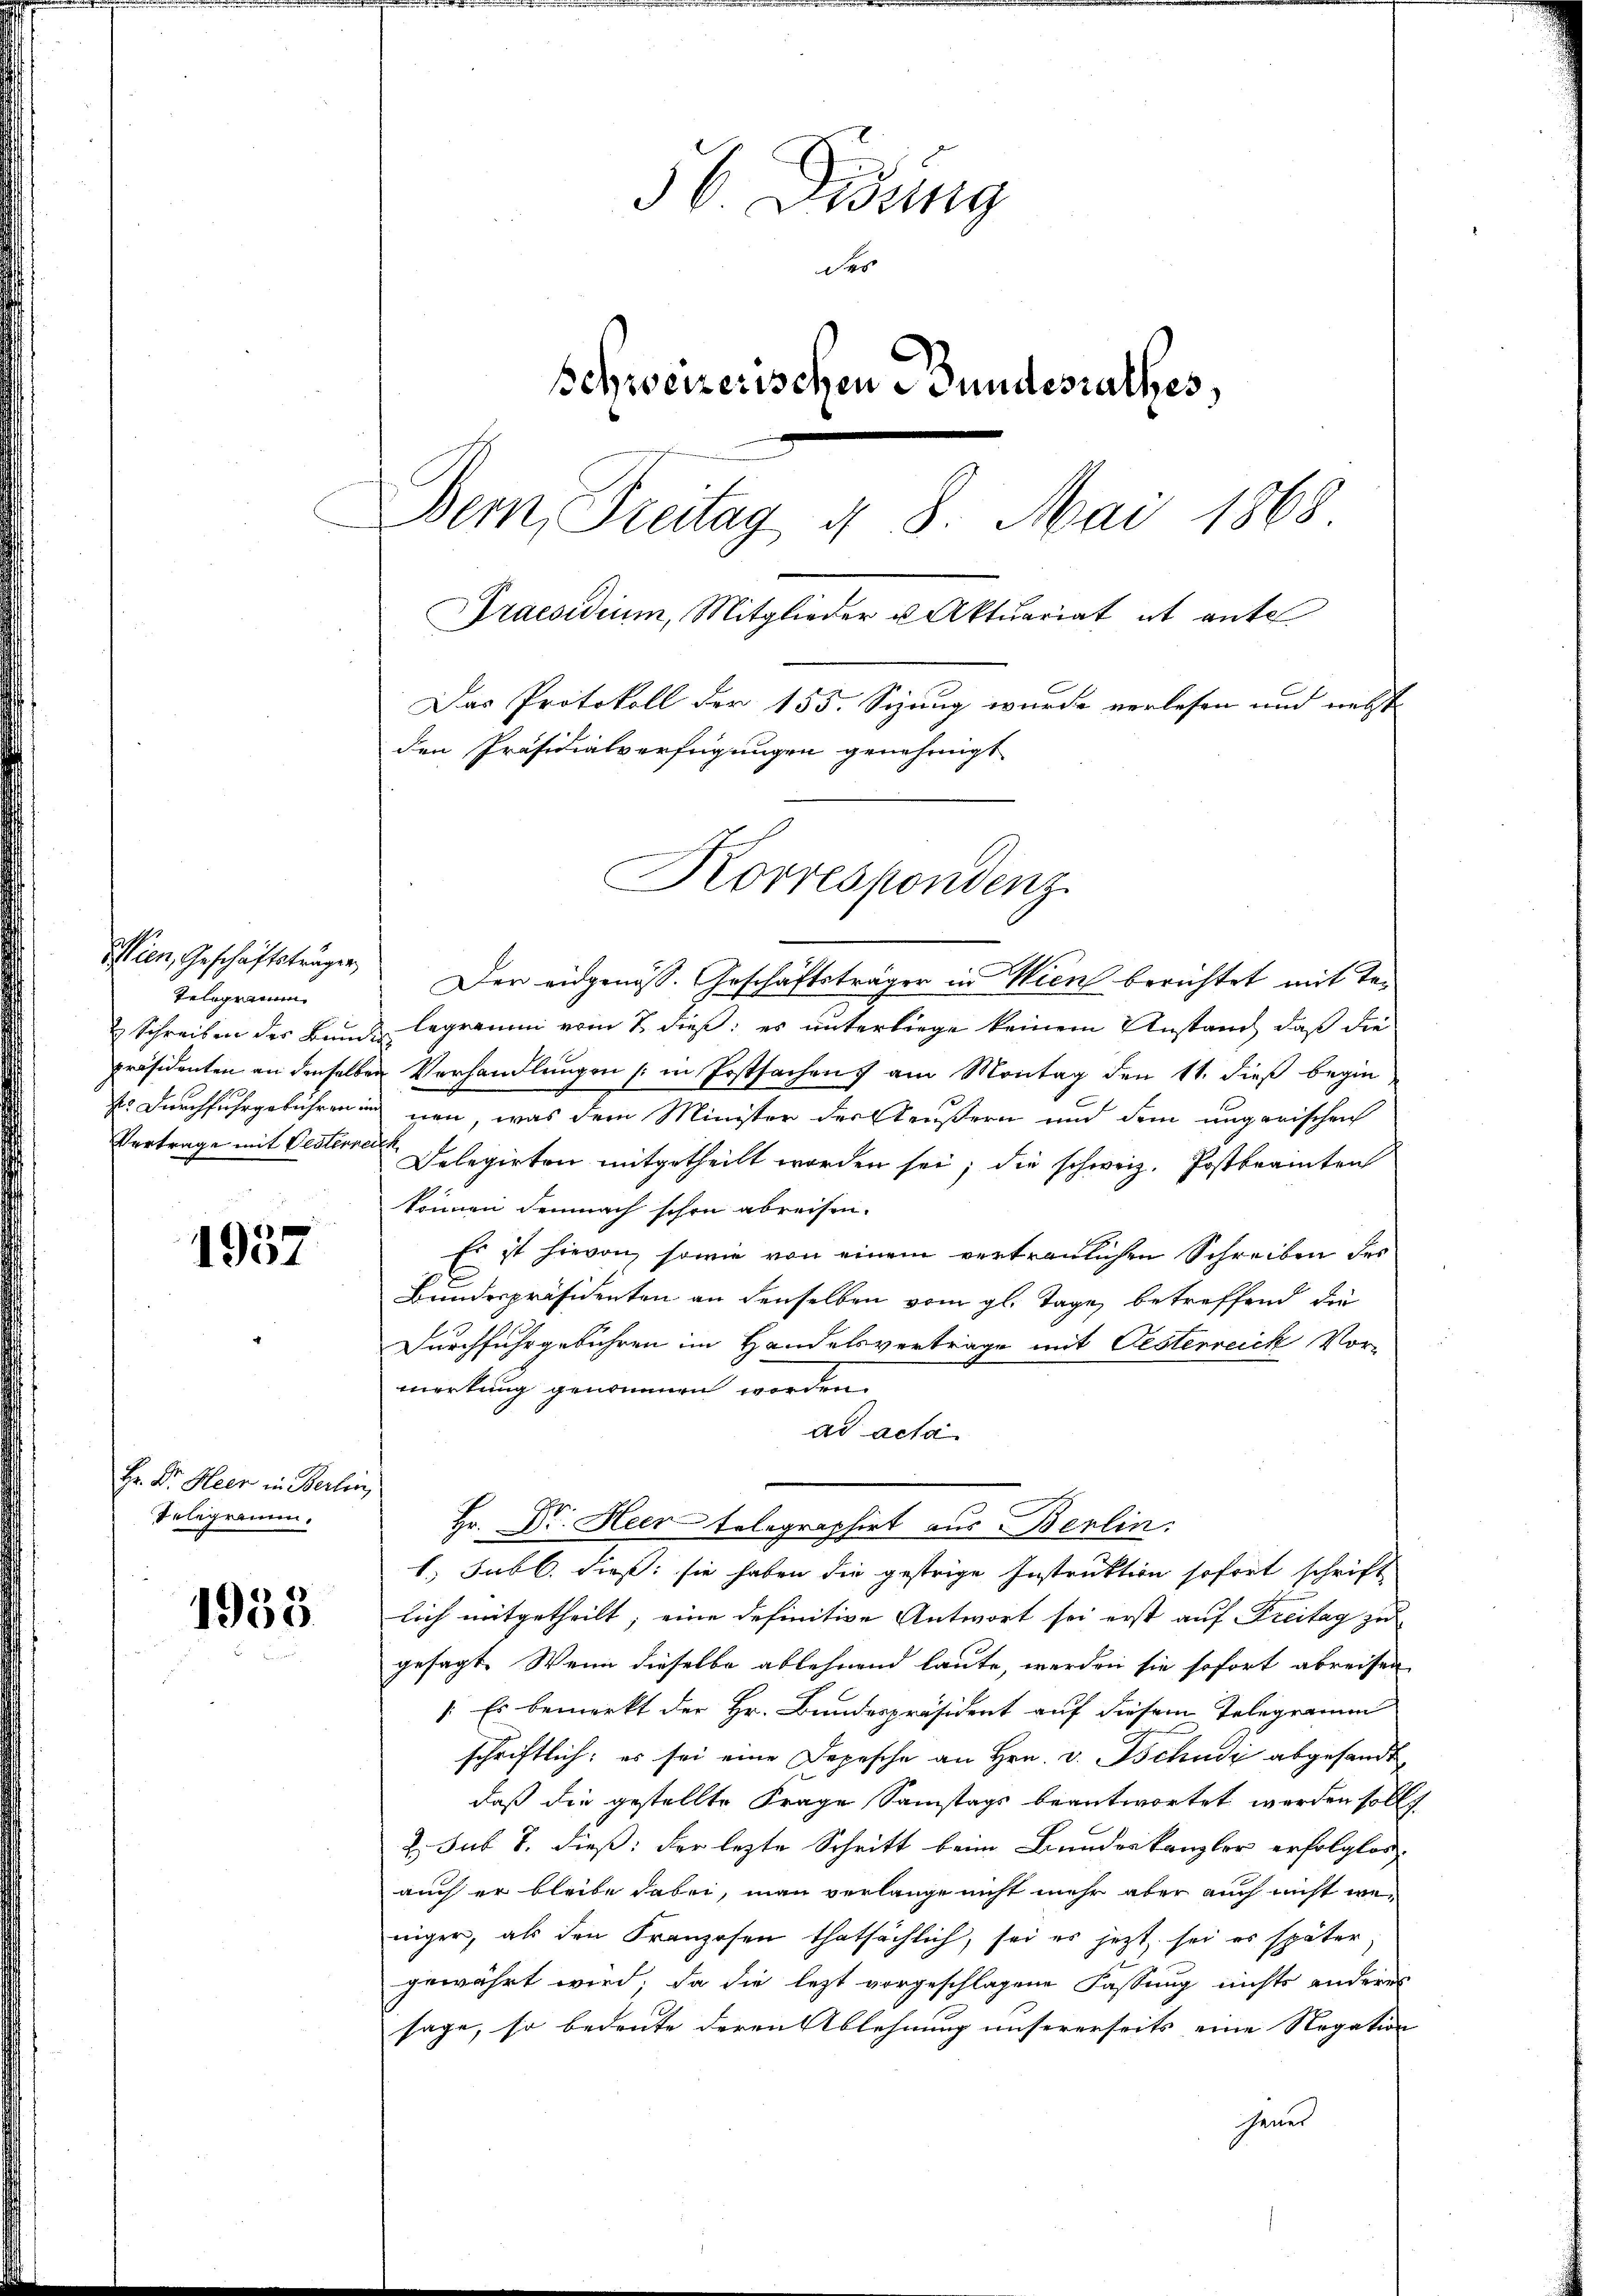
sien, Geschäftsträger
Telegramm
 Schreiben des Bun
präsidenten an denselb

1957

Hr. Dr. Heer in Berlin
Telegramm.

1955

56 Didung
des
Schweizerischen Bundesrathes,
Bern, Freitag u. 8. Mai 1868.
Praesidium, Mitglieder u Aktuariat it ante
Das Protokoll der 155. Sizung wurde verlesen und nebst
den Präsidialverfügungen genehmigt
Korrespondenz.

Der eidgenöss. Geschäftsträger in Wien berichtet mit Talegramm vom 7. dieß: es unterliege keinem Anstand, daß die
en Verhandlungen (in Erstfachen am Montag den 11. dieß begin
ss Durchfuhrgebühren und neu, was dem Minister der Aeußern und dem ungarischei
Vortrage mit Oesteren Delegirten mitgetheilt worden sei; die schweiz. Postbrannten
können demnach schon abreisen.
Es ist hievon, sowie von einem vertraulichen Schreiben des
Bundespräsidenten an denselben vom gl. Tage, betreffend die
Durchfuhrgebühren im Handelsverträge mit Oesterreich Vor-
merkung genommen worden.
ad acta
1.) Jabl. dieß: sie haben die gestrige Instruktion sofort schrift
lich mitgetheilt; eine definitive Antwort sei erst auf Freitag zu
gesagt. Wenn dieselbe ablehnend laute, werden sie sofort abreisen
]. Es bemerkt der Hr. Bundespräsident auf diesem Telegramm
schriftlich: es sei eine Depesche an Hrn. v. Tschudi abgesandt
daß die gestellte Frage Samstags beantwortet werden sollt
2. sub 7. dieß: der lezte Schritt beim Bundeskanzler erfolglos
auch er bleibe dabei, man verlange nicht mehr aber auch nicht weniger, als den Franzosen thatsächlich, sei es jezt sei es später
gewährt wird; da die lezt vorgeschlagene Fassung nichts anderes
sage, so bedeute deren Ablehnung unsererseits eine Negation
shener

Hr. Dr. Heer telegraphirt aus Berlin.